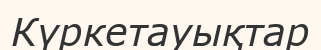
Күркетауықтар